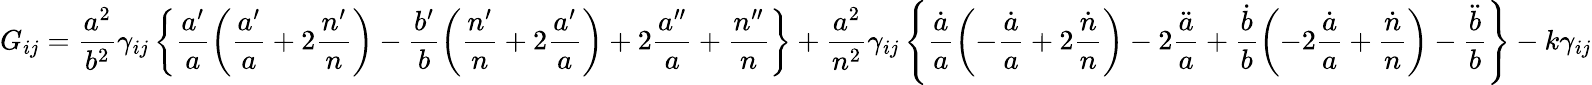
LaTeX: G_{ij}=\frac{a^{2}}{b^{2}}\gamma_{ij}\left\{ \frac{a^{\prime}}{a}\left(\frac{a^{\prime}}{a}+2\frac{n^{\prime}}{n}\right)-\frac{b^{\prime}}{b}\left(\frac{n^{\prime}}{n}+2\frac{a^{\prime}}{a}\right)+2\frac{a^{\prime\prime}}{a}+\frac{n^{\prime\prime}}{n}\right\} +\frac{a^{2}}{n^{2}}\gamma_{ij}\left\{ \frac{\dot{a}}{a}\left(-\frac{\dot{a}}{a}+2\frac{\dot{n}}{n}\right)-2\frac{\ddot{a}}{a}+\frac{\dot{b}}{b}\left(-2\frac{\dot{a}}{a}+\frac{\dot{n}}{n}\right)-\frac{\ddot{b}}{b}\right\} -k\gamma_{ij}